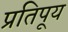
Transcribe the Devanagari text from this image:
प्रतिपूय